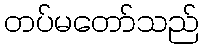
တပ်မတော်သည်